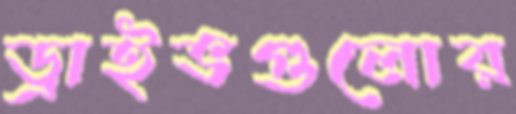
ড্রাইভগুলোর